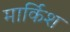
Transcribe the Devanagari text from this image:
मार्किश